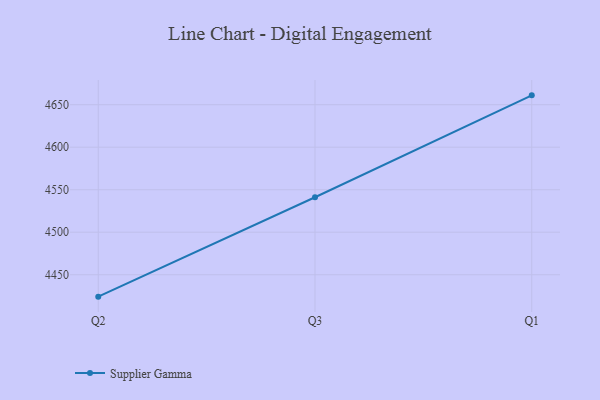
{"axis": {"x": "Quarter", "y": "Website Visitors"}, "legend": ["Supplier Gamma"], "data": [{"x": "Q2", "y": 4424.2, "type": "Supplier Gamma"}, {"x": "Q3", "y": 4541.1, "type": "Supplier Gamma"}, {"x": "Q1", "y": 4661.0, "type": "Supplier Gamma"}]}